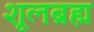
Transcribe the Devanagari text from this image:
शूलब्रह्म